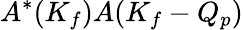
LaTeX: A^{*}(K_{f})A(K_{f}-Q_{p})